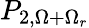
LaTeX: P_{2,\Omega+\Omega_{r}}